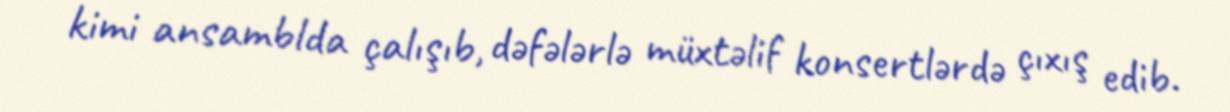
kimi ansamblda çalışıb, dəfələrlə müxtəlif konsertlərdə çıxış edib.